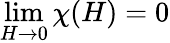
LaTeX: \operatorname*{lim}_{H\to 0}\chi(H)=0